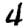
Digit: 4